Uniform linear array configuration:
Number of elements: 16
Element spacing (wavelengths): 0.75
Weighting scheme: kaiser
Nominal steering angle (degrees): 45
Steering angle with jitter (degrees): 45.862
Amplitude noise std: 0.05
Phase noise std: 0.05

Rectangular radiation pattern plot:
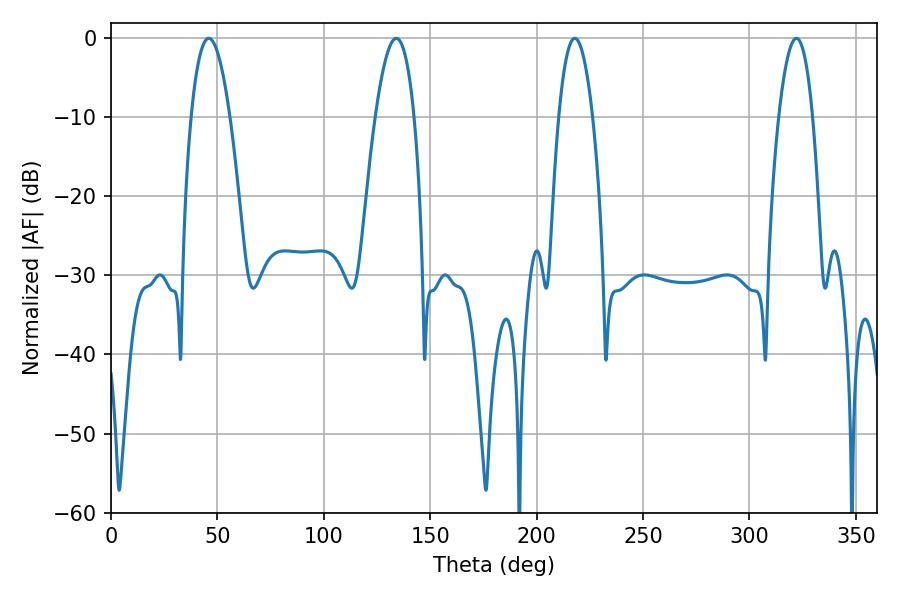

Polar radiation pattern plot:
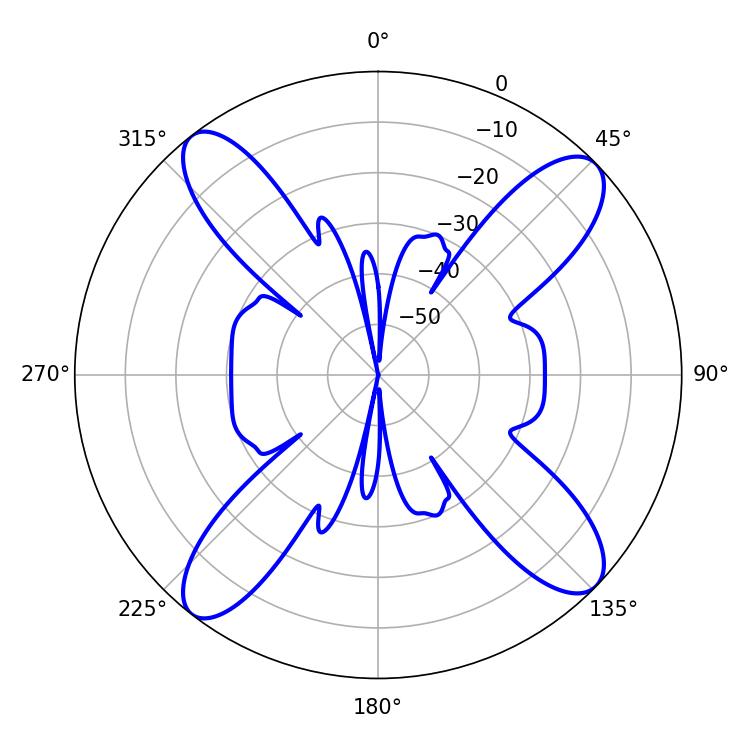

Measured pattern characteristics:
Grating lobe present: TRUE
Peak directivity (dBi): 14.601
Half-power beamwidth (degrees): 9.9
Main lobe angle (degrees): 45.9